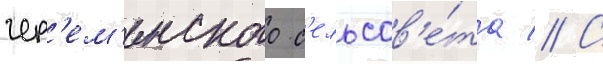
чер'ем'енского с'ельсов'е́та // С